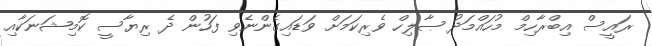
ރައީސް އިބްރާހިމް މުހައްމަދު ޞާލިހް ވެރިކަމަށް ވަޑައިގެންނެވި ފަހުން ދެ ރިޔާސީ ކޮމިޝަނަކާއި